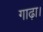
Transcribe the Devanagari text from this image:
गाढ़ा।